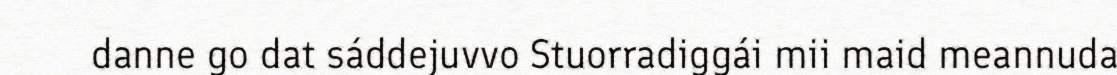
danne go dat sáddejuvvo Stuorradiggái mii maid meannuda